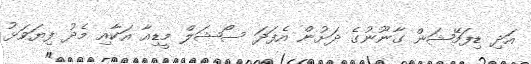
އަދި ޑިފަމޭޝަން ގާނޫނުގެ ދަށުން އެފަދަ ސޯޝަލް މީޑިއާ އަކާއި މެދު ފިޔަވަޅު